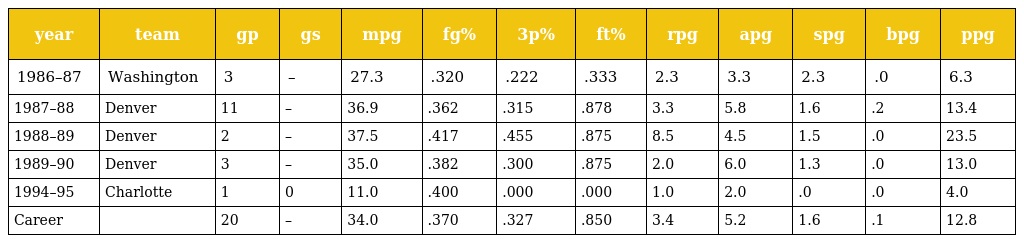
| year | team | gp | gs | mpg | fg% | 3p% | ft% | rpg | apg | spg | bpg | ppg |
 | --- | --- | --- | --- | --- | --- | --- | --- | --- | --- | --- | --- | --- |
 | 1986–87 | Washington | 3 | – | 27.3 | .320 | .222 | .333 | 2.3 | 3.3 | 2.3 | .0 | 6.3 |
 | 1987–88 | Denver | 11 | – | 36.9 | .362 | .315 | .878 | 3.3 | 5.8 | 1.6 | .2 | 13.4 |
 | 1988–89 | Denver | 2 | – | 37.5 | .417 | .455 | .875 | 8.5 | 4.5 | 1.5 | .0 | 23.5 |
 | 1989–90 | Denver | 3 | – | 35.0 | .382 | .300 | .875 | 2.0 | 6.0 | 1.3 | .0 | 13.0 |
 | 1994–95 | Charlotte | 1 | 0 | 11.0 | .400 | .000 | .000 | 1.0 | 2.0 | .0 | .0 | 4.0 |
 | Career |  | 20 | – | 34.0 | .370 | .327 | .850 | 3.4 | 5.2 | 1.6 | .1 | 12.8 |